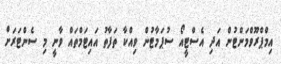
އިމްޕްރޫވްމަންޓުން އަދި އެސްޓީއޯ ސުޕަމާޓުން ވިއްކާ ތަފާތު އައިޓަމްތައް ވާނީ މި ސެންޓަރަށް